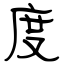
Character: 度